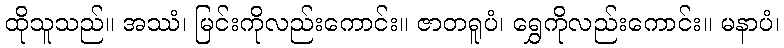
ထိုသူသည်။ အဿံ၊ မြင်းကိုလည်းကောင်း။ ဇာတရူပံ၊ ရွှေကိုလည်းကောင်း။ မနာပံ၊